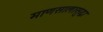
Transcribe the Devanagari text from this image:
माणसालासुद्धा